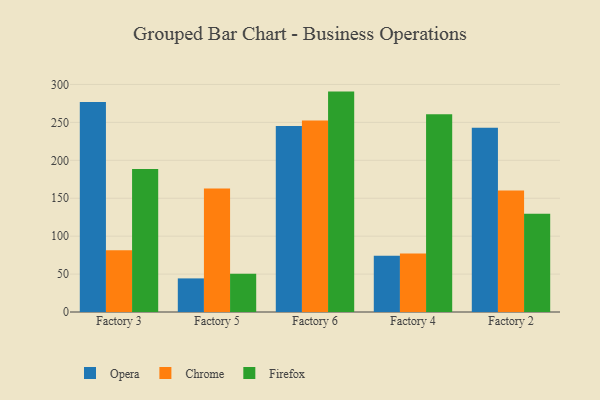
{"axis": {"x": "Factory", "y": "Conversion Rate (%)"}, "legend": ["Chrome", "Firefox", "Opera"], "data": [{"x": "Factory 3", "y": 277.0, "type": "Opera"}, {"x": "Factory 3", "y": 81.5, "type": "Chrome"}, {"x": "Factory 3", "y": 188.5, "type": "Firefox"}, {"x": "Factory 5", "y": 44.3, "type": "Opera"}, {"x": "Factory 5", "y": 162.9, "type": "Chrome"}, {"x": "Factory 5", "y": 50.5, "type": "Firefox"}, {"x": "Factory 6", "y": 245.2, "type": "Opera"}, {"x": "Factory 6", "y": 252.5, "type": "Chrome"}, {"x": "Factory 6", "y": 290.6, "type": "Firefox"}, {"x": "Factory 4", "y": 74.3, "type": "Opera"}, {"x": "Factory 4", "y": 77.2, "type": "Chrome"}, {"x": "Factory 4", "y": 260.8, "type": "Firefox"}, {"x": "Factory 2", "y": 243.0, "type": "Opera"}, {"x": "Factory 2", "y": 160.3, "type": "Chrome"}, {"x": "Factory 2", "y": 129.6, "type": "Firefox"}]}